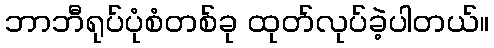
ဘာဘီရုပ်ပုံစံတစ်ခု ထုတ်လုပ်ခဲ့ပါတယ်။